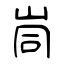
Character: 峝